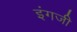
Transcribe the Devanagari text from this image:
इंगजी